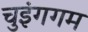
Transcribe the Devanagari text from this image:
चुइंगगम